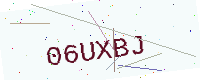
Text: 06UXBJ